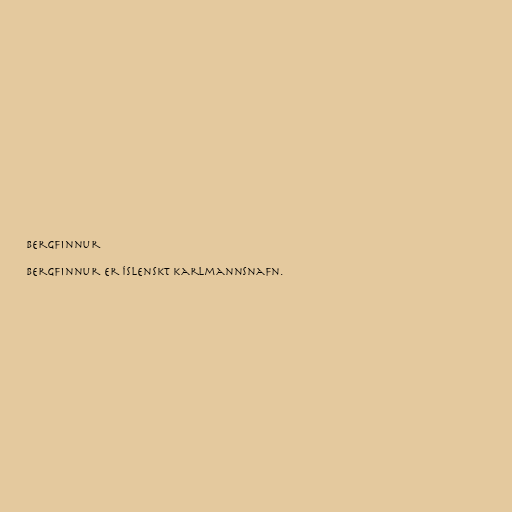
Bergfinnur

Bergfinnur er íslenskt karlmannsnafn.